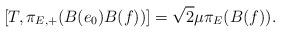
LaTeX: \begin{align*}[ T,\pi_{E,+}(B(e_0)B(f)) ] =\sqrt{2} \mu \pi_E(B(f)).\end{align*}